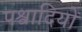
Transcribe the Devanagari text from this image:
पश्वादियों